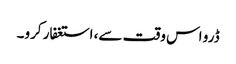
ڈرو اس وقت سے، استغفار کرو۔